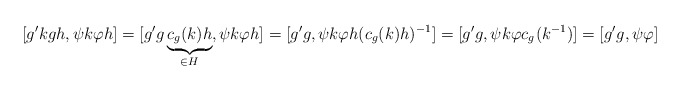
\begin{align*}[g'kgh,\psi k \varphi h]=[g'g\underbrace{c_g(k)h}_{\in H}, \psi k \varphi h]=[g'g, \psi k \varphi h (c_{g}(k)h)^{-1}]=[g'g, \psi k \varphi c_{g^{}}(k^{-1})]=[g'g,\psi\varphi]\end{align*}